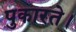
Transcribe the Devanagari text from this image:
पुकारते।